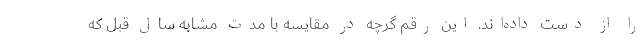
را از دست داده‌اند. این رقم گرچه در مقایسه با مدت مشابه سال قبل که